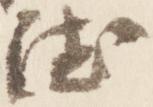
徳